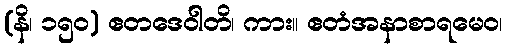
(နိ၊ ၁၅၀) ဧတဒေဝါတိ၊ ကား။ ဧတံအနာစာရမေဝ၊